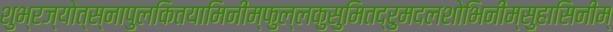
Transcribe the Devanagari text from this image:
शुभ्रज्योत्स्नापुलकितयामिनीम्फुल्लकुसुमितद्रुमदलशोभिनीम्सुहासिनीम्